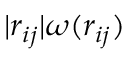
| r _ { i j } | \omega ( r _ { i j } )